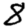
Digit: 8